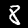
Digit: 8